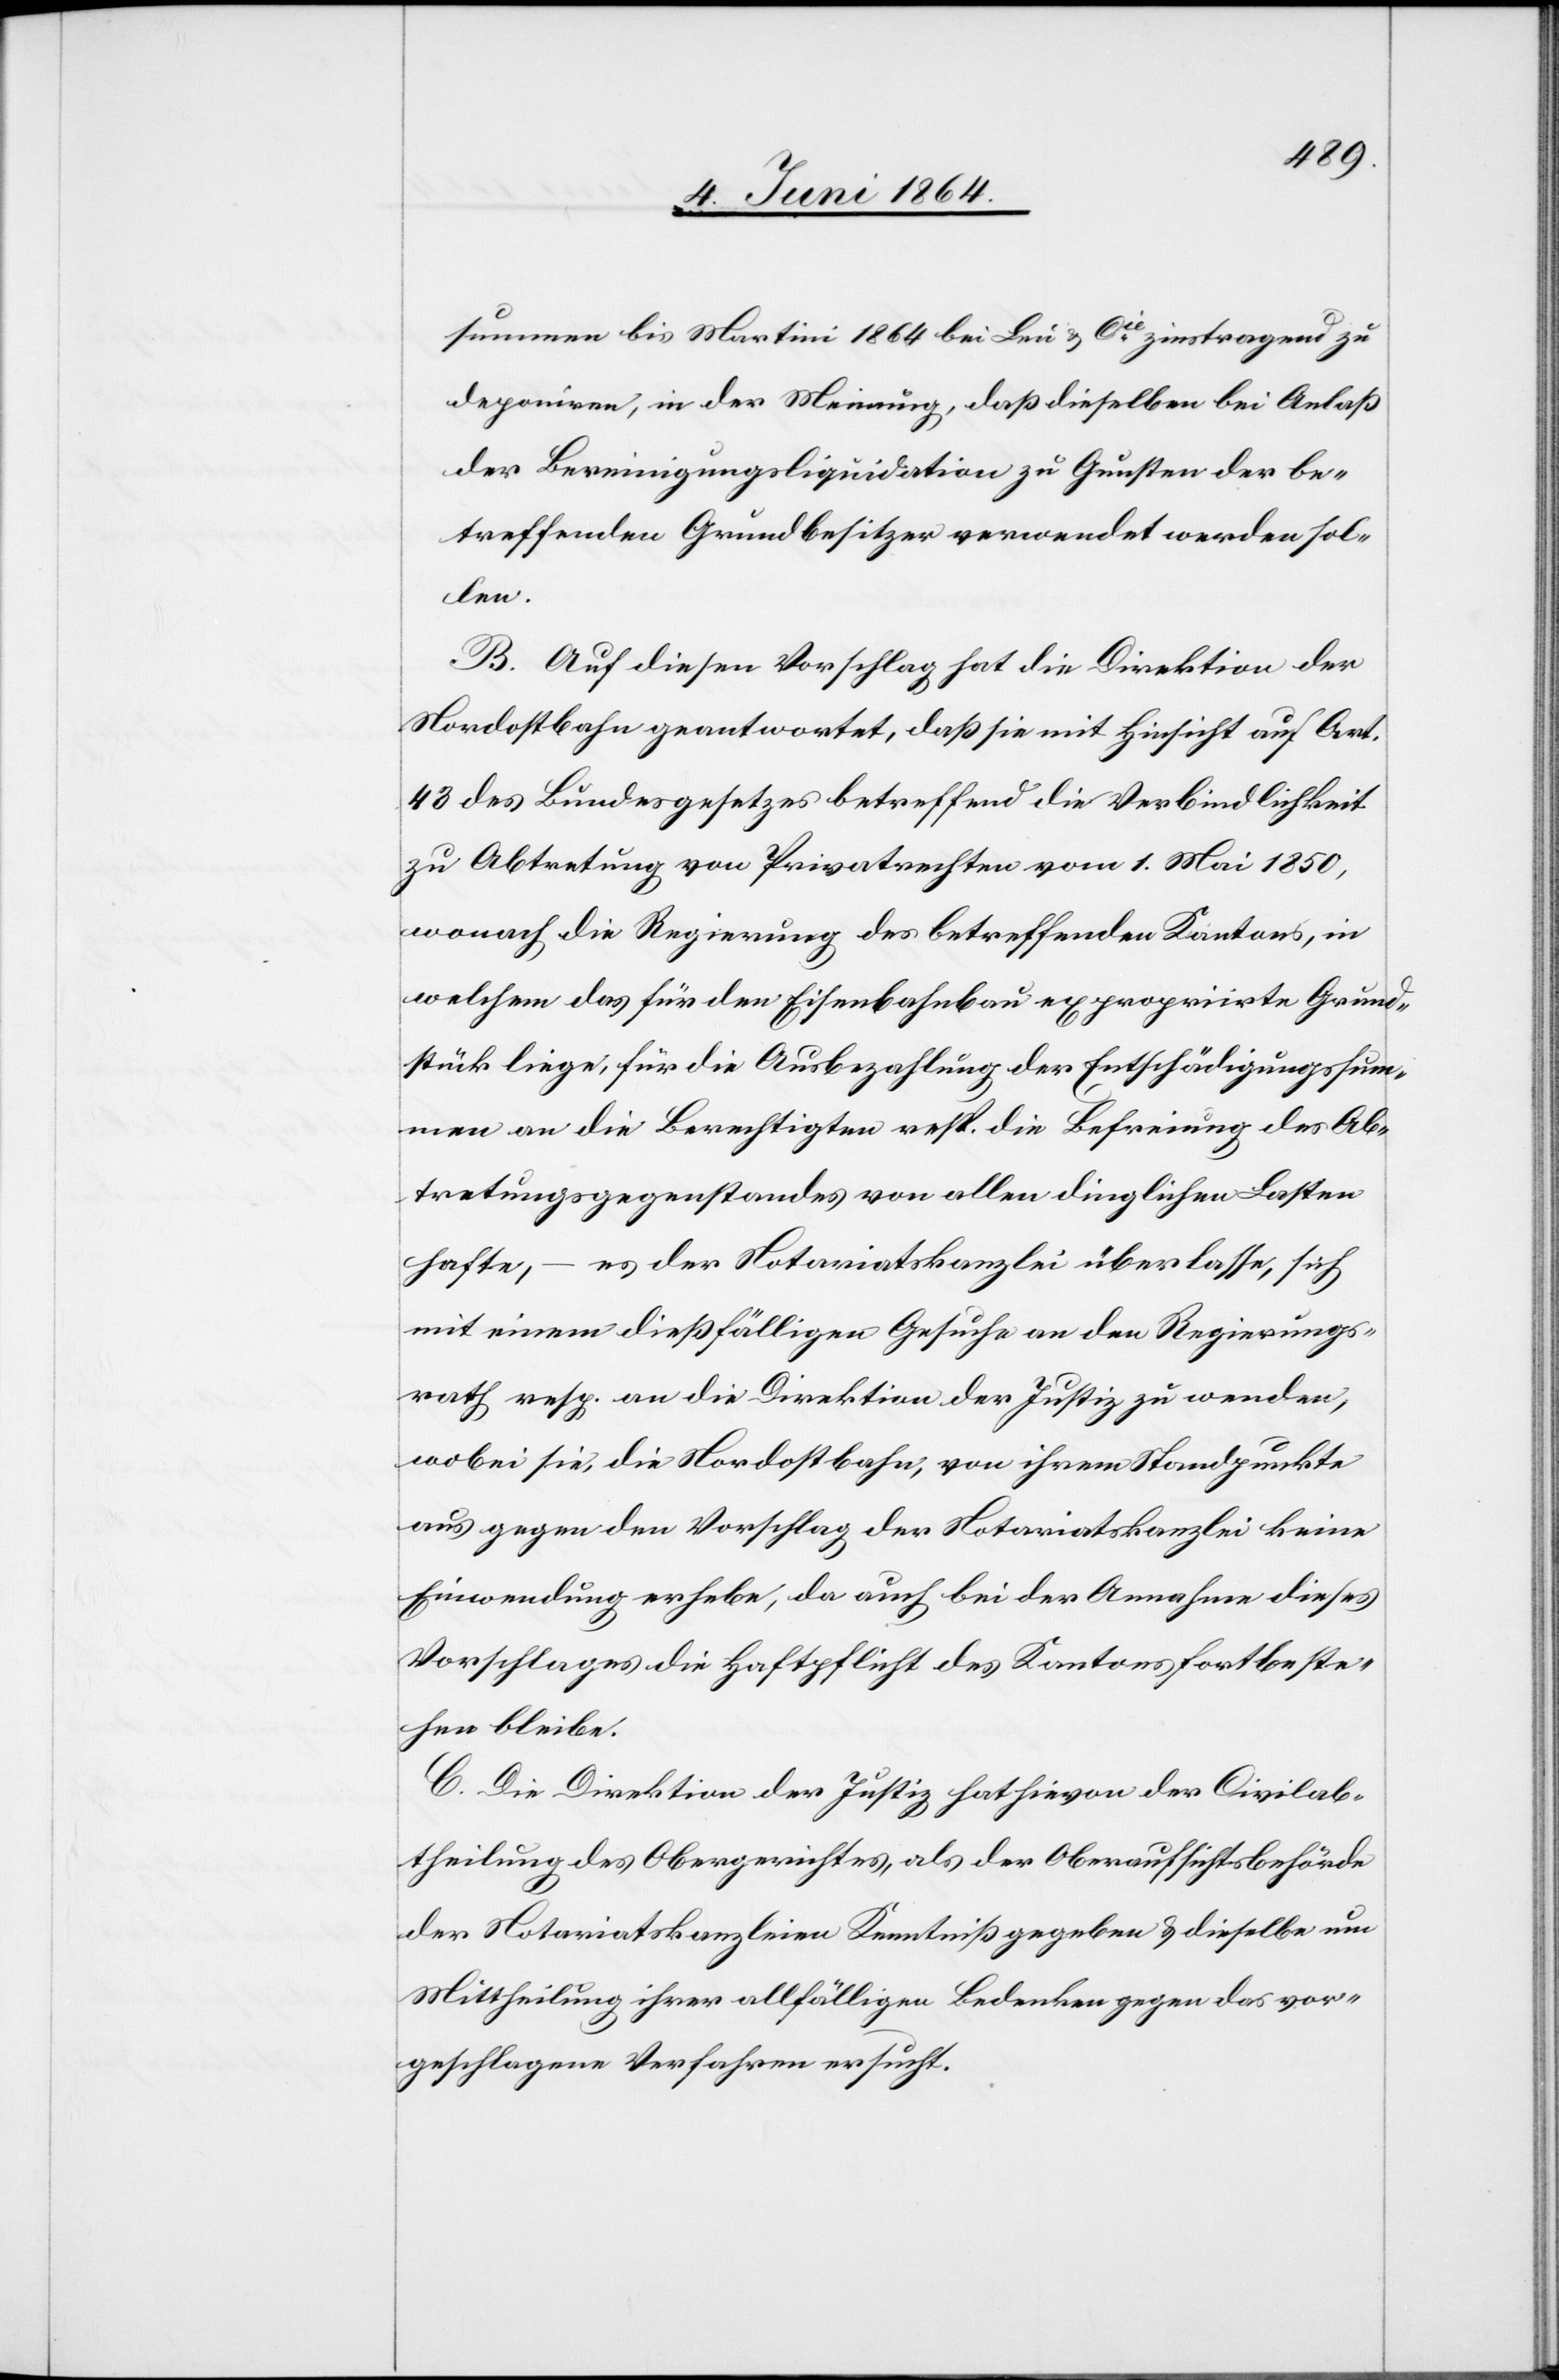
summen bis Martini 1864 bei Leu & Cie zinstragend zu
deponiren, in der Meinung, daß dieselben bei Anlaß
der Bereinigungsliquidation zu Gunsten der be¬
treffenden Grundbesitzer verwendet werden sol¬
len.
B. Auf diesen Vorschlag hat die Direktion der
Nordostbahn geantwortet, daß sie mit Hinsicht auf Art.
43 des Bundesgesetzes betreffend die Verbindlichkeit
zur Abtretung von Privatrechten vom 1. Mai 1850,
wonach die Regierung des betreffenden Kantons, in
welchem das für den Eisenbahnbau expropriirte Grund¬
stück liege, für die Ausbezahlung der Entschädigungssum¬
men an die Berechtigten resp. die Befreiung des Ab¬
tretungsgegenstandes von allen dinglichen Lasten
hafte, – es der Notariatskanzlei überlasse, sich
mit einem dießfälligen Gesuche an den Regierungs¬
rath resp. an die Direktion der Justiz zu wenden,
wobei sie, die Nordostbahn, von ihrem Standpunkte
aus gegen den Vorschlag der Notariatskanzlei keine
Einwendung erhebe, da auch bei der Annahme dieses
Vorschlages die Haftpflicht des Kantons fortbeste¬
hen bleibe.
C. Die Direktion der Justiz hat hievon der Civilab¬
theilung des Obergerichtes, als der Oberaufsichtsbehörde
der Notariatskanzleien Kenntniß gegeben u. dieselbe um
Mittheilung ihrer allfälligen Bedenken gegen das vor¬
geschlagene Verfahren ersucht.